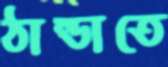
ঠান্ডাতে